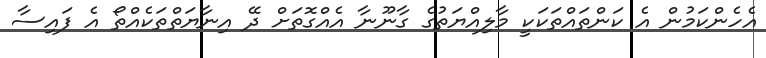
އެހެންކަމުން އެ ކަންތައްތަކަކީ މާލިއްޔަތުގެ ގާނޫނާ އެއްގޮތަށް ދޭ އިނާޔަތްތަކެއްތޯ އެ ފައިސާ